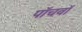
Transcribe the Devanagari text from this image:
पाॅचवाॅ